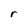
Character: r